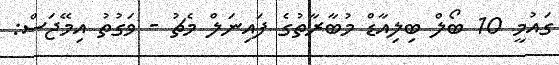
ގައުމީ 10 ބޯލް ބިލިއާޑް މުބާރާތުގެ ފައިނަލް މެޗު - ވަގުތު އިމޭޖަސް: